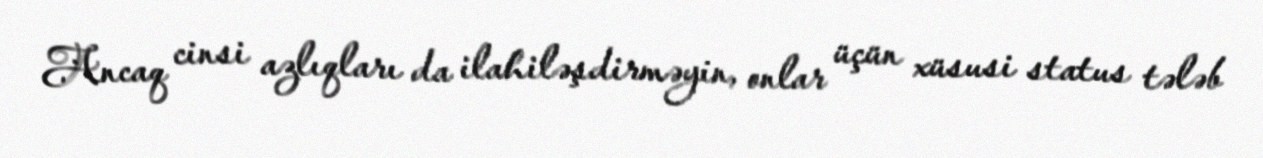
Ancaq cinsi azlıqları da ilahiləşdirməyin, onlar üçün xüsusi status tələb